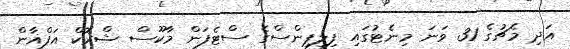
އަދި މެޗުގެ 31 ވަނަ މިނެޓުގައި ފިލިޕިންސްގެ ސްޓެފަން މާކޫސް ޝްރޮކް އަފްޣާން